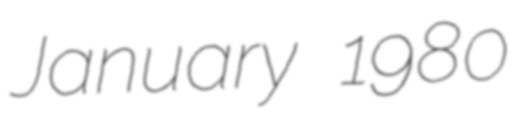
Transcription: January 1980